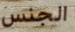
الجنس